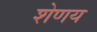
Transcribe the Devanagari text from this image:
शेणय